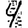
Digit: 4